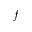
f